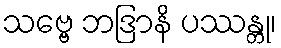
သဗ္ဗေ ဘဒြာနိ ပဿန္တု၊